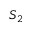
S _ { 2 }